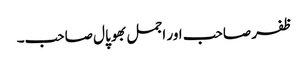
ظفر صاحب اور اجمل بھوپال صاحب۔